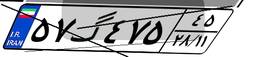
۴۳گ۳۳۵۳۹